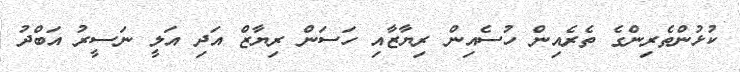
ކުޅުންތެރިންގެ ތެރެއިން ހުސެއިން ރިޔާޒާއި ހަސަން ރިޔާޒް އަދި އަލީ ނަސީރު އަބްދު